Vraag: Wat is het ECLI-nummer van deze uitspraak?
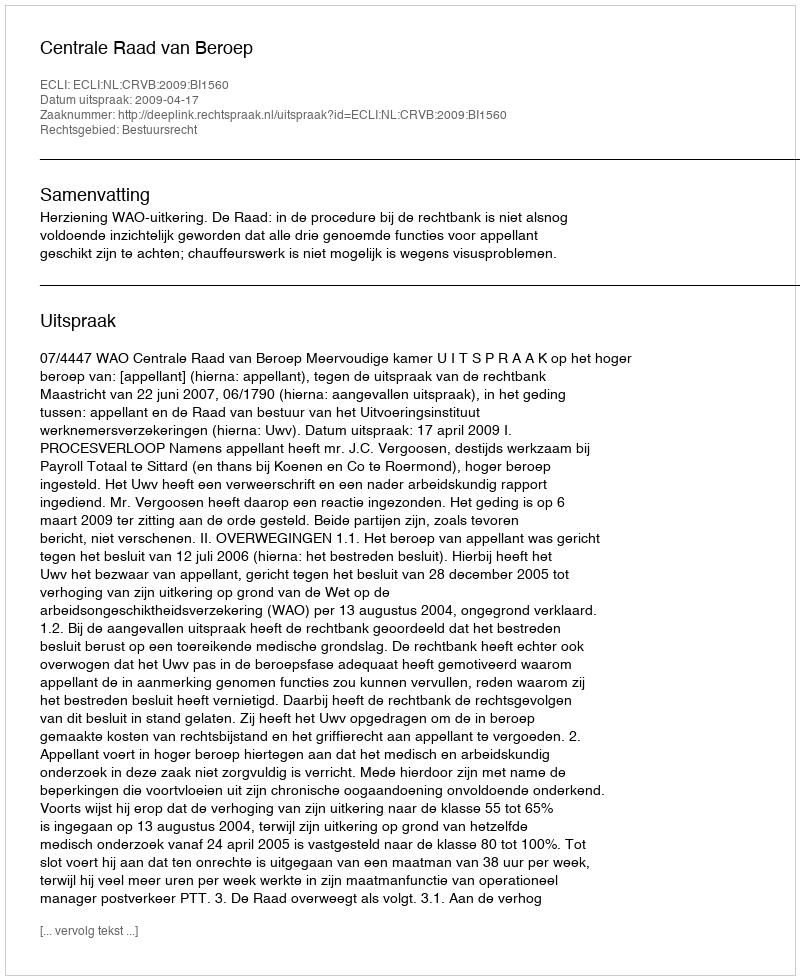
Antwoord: ECLI:NL:CRVB:2009:BI1560